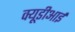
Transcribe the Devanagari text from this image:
क्यूडीआई